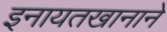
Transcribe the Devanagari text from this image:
इनायतखानाने